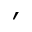
'